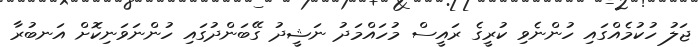
ޖަލު ހުކުމެއްގައި ހުންނެވި ކުރީގެ ރައީސް މުހައްމަދު ނަޝީދު ގޭބަންދުގައި ހުންނަވަނިކޮށް އަނބުރާ